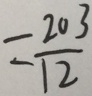
= \frac { 2 0 3 } { 1 2 }